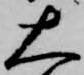
大